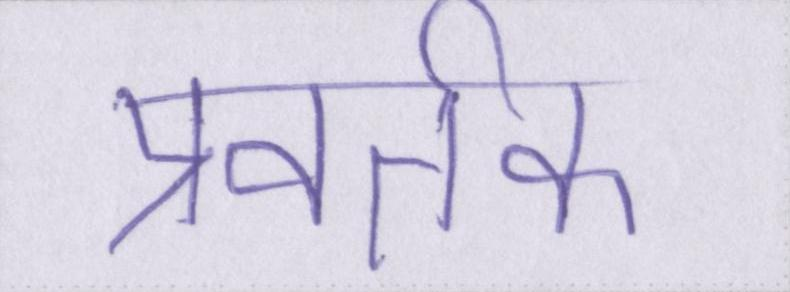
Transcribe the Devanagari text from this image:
प्रवर्तक